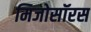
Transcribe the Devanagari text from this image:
मिजोसॉरस